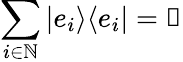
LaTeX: \sum_{i\in\mathbb{N}}|e_{i}\rangle\langle e_{i}|=\mathbb{1}